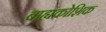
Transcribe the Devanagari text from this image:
बाह्यकोशिक